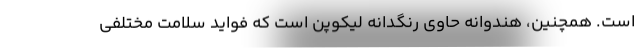
است. همچنین، هندوانه حاوی رنگدانه لیکوپن است که فواید سلامت مختلفی